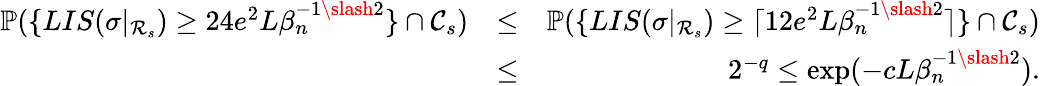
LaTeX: \begin{array}{rlr}{\mathbb{P}(\{ LIS(\sigma|_{\mathcal{R}_{s}})\geq 24e^{2}L\beta_{n}^{-1\slash 2}\} \cap\mathcal{C}_{s})}&{\leq}&{\mathbb{P}(\{ LIS(\sigma|_{\mathcal{R}_{s}})\geq\lceil 12e^{2}L\beta_{n}^{-1\slash 2}\rceil\} \cap\mathcal{C}_{s})}\\ &{\leq}&{2^{-q}\leq\exp(-cL\beta_{n}^{-1\slash 2}).}\end{array}